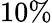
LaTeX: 10\%